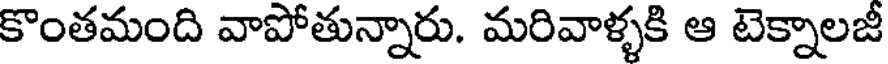
కొంతమంది వాపోతున్నారు. మరివాళ్ళకి ఆ టెక్నాలజీ